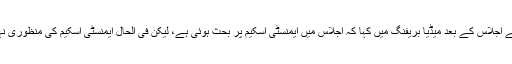
وفاقی کابینہ کے اجلاس کے بعد میڈیا بریفنگ میں کہا کہ اجلاس میں ایمنسٹی اسکیم پر بحث ہوئی ہے، لیکن فی الحال ایمنسٹی اسکیم کی منظوری نہیں دی جاسکی۔